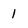
Character: I